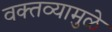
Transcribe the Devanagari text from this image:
वक्तव्यामुळे